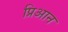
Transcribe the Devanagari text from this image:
प्रिआन